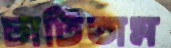
চাটিতাম